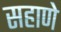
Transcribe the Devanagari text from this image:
सहाणे